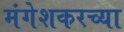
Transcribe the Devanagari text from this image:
मंगेशकरच्या